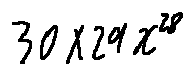
3 0 \times 2 9 x ^ { 2 8 }